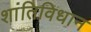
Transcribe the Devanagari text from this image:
शांतिविधान